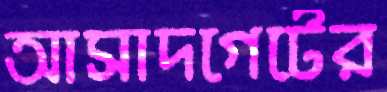
আসাদগেটের